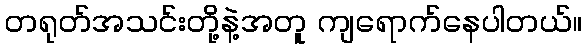
တရုတ်အသင်းတို့နဲ့အတူ ကျရောက်နေပါတယ်။